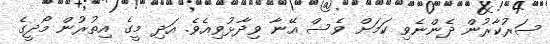
ސަރުކާރުން ދެންނެވި ކަމަށް ވެސް އޭނާ ވިދާޅުވިއެވެ. އަދި މީގެ އިތުރުން މޯދީގެ